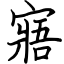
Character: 寤